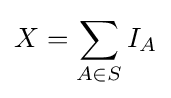
X=\sum _{A\in S}I_{A}